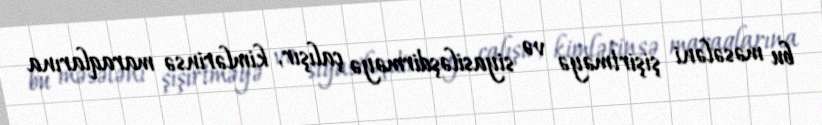
bu məsələni şişirtməyə və siyasiləşdirməyə çalışır, kimlərinsə maraqlarına